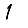
Digit: 1